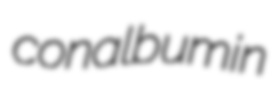
conalbumin